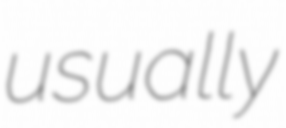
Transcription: usually